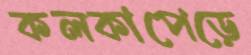
কলকাপেড়ে